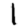
Digit: 1